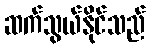
ဆက်သွယ်နိုင်သည်